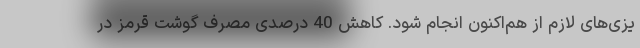
یزی‌های لازم از هم‌اکنون انجام شود. کاهش 40 درصدی مصرف گوشت قرمز در